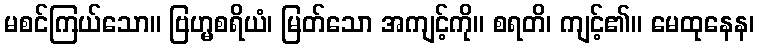
မစင်ကြယ်သော။ ဗြဟ္မစရိယံ၊ မြတ်သော အကျင့်ကို။ စရတိ၊ ကျင့်၏။ မေထုနေန၊